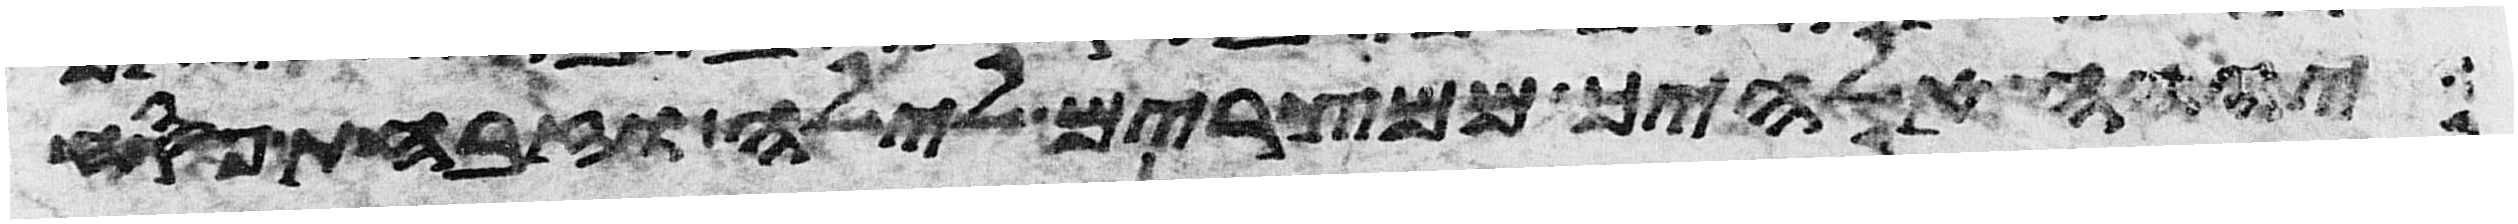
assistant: יהוה אלהיך ממצרים לילה וזבחת פסח